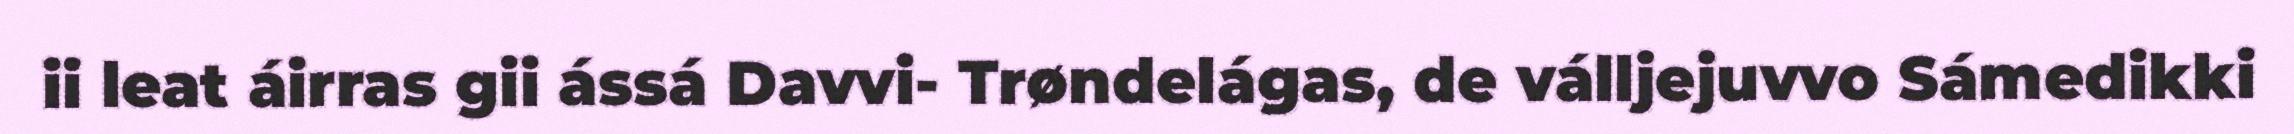
ii leat áirras gii ássá Davvi- Trøndelágas, de válljejuvvo Sámedikki